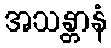
အသန္တာနံ